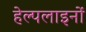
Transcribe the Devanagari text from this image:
हेल्पलाइनों